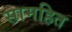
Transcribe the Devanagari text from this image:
सामहित